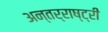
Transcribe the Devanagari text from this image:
अन्तर्राष्ट्री